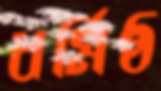
ধর্মিষ্ঠ